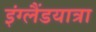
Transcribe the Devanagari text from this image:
इंग्लैंडयात्रा